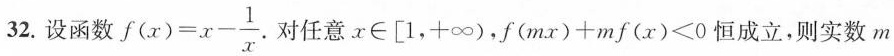
32.设函数$$f ( x ) = x - \frac { 1 } { x }$$ 对任意。x\in [1，+\infty)，$$f ( m x ) + m f ( x ) < 0$$恒成立，则实数m